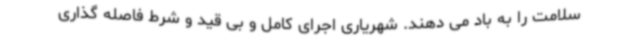
سلامت را به باد می دهند. شهریاری اجرای کامل و بی قید و شرط فاصله گذاری